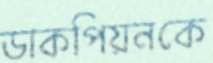
ডাকপিয়নকে